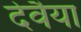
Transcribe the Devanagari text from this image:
देवैया